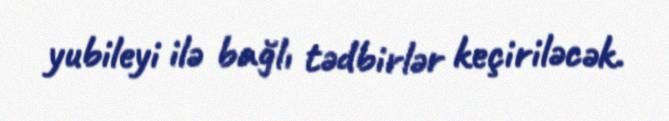
yubileyi ilə bağlı tədbirlər keçiriləcək.